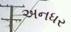
અનધર